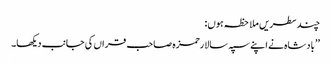
چندسطریں ملاحظہ ہوں:
’’بادشاہ نے اپنے سپہ سالارحمزہ صاحب قراں کی جانب دیکھا۔